Annual report of the Imperial Bacteriological Laboratory, Muktesar
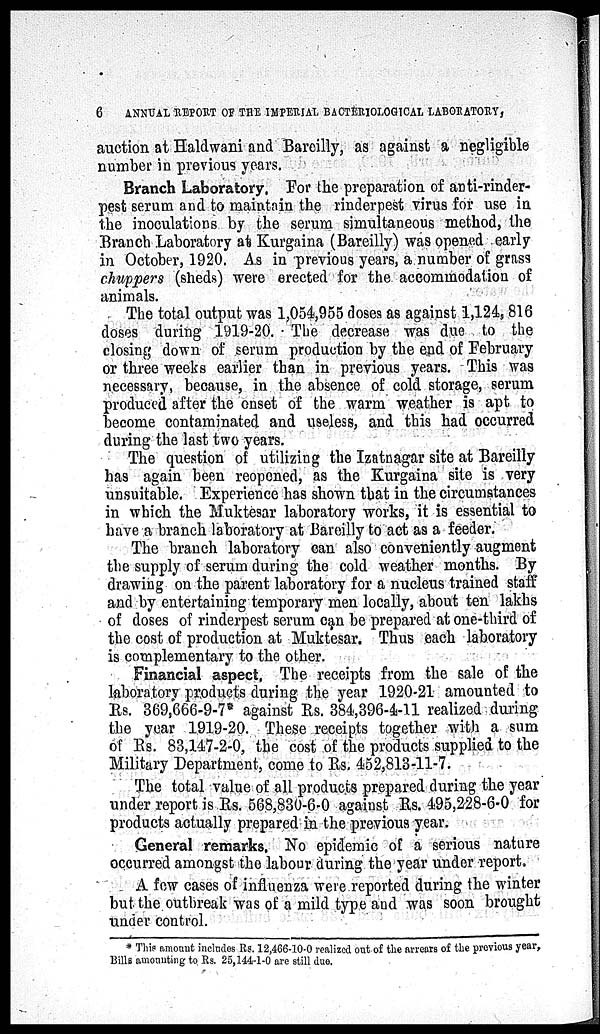
6
ANNUAL REPORT OF THE IMPERIAL BACTERIOLOGICAL LABORATORY,
auction at Haldwani and Bareilly, as against a negligible
number in previous years.
Branch Laboratory. For the preparation of anti-rinder-
pest serum and to maintain the rinderpest virus for use in
the inoculations by the serum simultaneous method, the
Branch Laboratory at Kurgaina (Bareilly) was opened early
in October, 1920. As in previous years, a number of grass
chuppers (sheds) were erected for the accommodation of
animals.
The total output was 1,054,955 doses as against 1,124,816
doses during 1919-20. The decrease was due to the
closing down of serum production by the end of February
or three weeks earlier than in previous years. This was
necessary, because, in the absence of cold storage, serum
produced after the onset of the warm weather is apt to
become contaminated and useless, and this had occurred
during the last two years.
The question of utilizing the Izatnagar site at Bareilly
has again been reopened, as the Kurgaina site is very
unsuitable. Experience has shown that in the circumstances
in which the Muktesar laboratory works, it is essential to
have a branch laboratory at Bareilly to act as a feeder.
The branch laboratory can also conveniently augment
the supply of serum during the cold weather months. By
drawing on the parent laboratory for a nucleus trained staff
and by entertaining temporary men locally, about ten lakhs
of doses of rinderpest serum can be prepared at one-third of
the cost of production at Muktesar. Thus each laboratory
is complementary to the other.
Financial aspect, The receipts from the sale of the
laboratory products during the year 1920-21 amounted to
Rs. 369,666-9-7* against Rs. 384,396-4-11 realized during
the year 1919-20. These receipts together with a sum
of Rs. 83,147-2-0, the cost of the products supplied to the
Military Department, come to Rs. 452,813-11-7.
The total value of all products prepared during the year
under report is Rs. 568,830-6-0 against Rs. 495,228-6-0 for
products actually prepared in the previous year.
General remarks. No epidemic of a serious nature
occurred amongst the labour during the year under report.
A few cases of influenza were reported during the winter
but the outbreak was of a mild type and was soon brought
under control.
* This amount includes Rs. 12,466-10-0 realized out of the arrears of the previous year,
Bills amounting to Rs. 25,144-1-0 are still due.